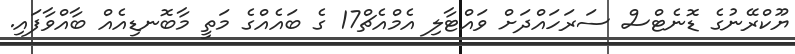
ޔޫކްރޭނުގެ ޑޮނެޓްސް ސަރަހައްދަށް ވައްޓާލި އެމްއެޗް17 ގެ ބައެއްގެ މަތީ މާބޮނޑިއެއް ބާއްވާފައި.